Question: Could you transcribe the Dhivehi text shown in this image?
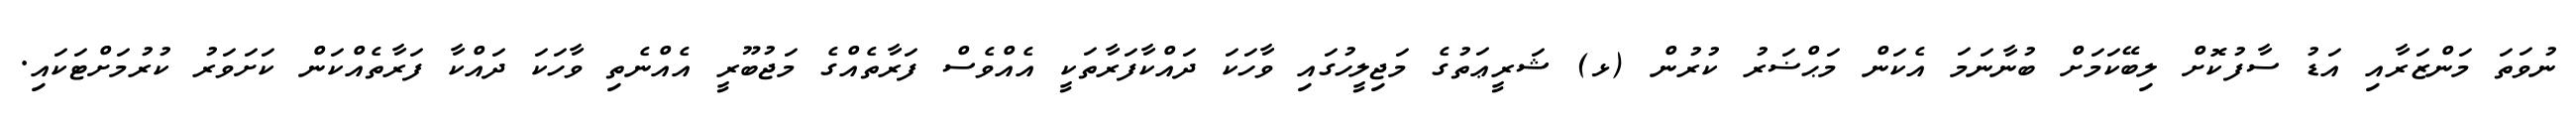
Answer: ނުވަތަ މަންޒަރާއި އަޑު ސާފުކޮށް ލިބޭކަމަށް ބުނާނަމަ އެކަން މަޙްޟަރު ކުރުން (ޅ) ޝަރީޢަތުގެ މަޖިލީހުގައި ވާހަކަ ދައްކާފަރާތަކީ އެއްވެސް ފަރާތެއްގެ މަޖުބޫރީ އެއްނެތި ވާހަކަ ދައްކާ ފަރާތެއްކަން ކަށަވަރު ކުރުމަށްޓަކައި.